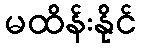
မထိန်းနိုင်